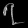
Digit: ၇